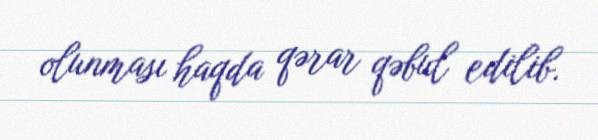
olunması haqda qərar qəbul edilib.